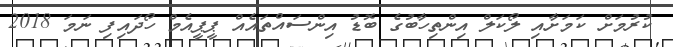
ކުރުމަށް ކަމަށާއި ލޯކަލް އިންތިހާބުގެ ބޮޑު އިންސައްތައެއް ޕީޕީއެމް ހޯދައިފި ނަމަ 2018